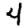
Digit: 4